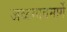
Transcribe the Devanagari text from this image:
जळगावमार्गे